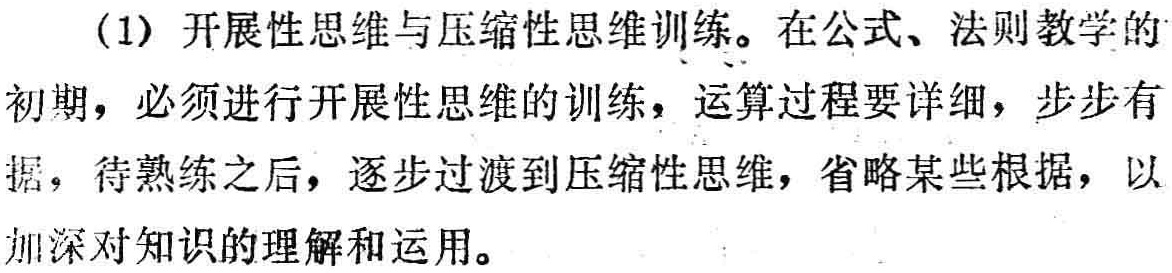
(1) 开展性思维与压缩性思维训练。在公式、法则教学的初期，必须进行开展性思维的训练，运算过程要详细，步步有据，待熟练之后，逐步过渡到压缩性思维，省略某些根据，以加深对知识的理解和运用。